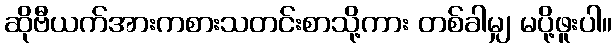
ဆိုဗီယက်အားကစားသတင်းစာသို့ကား တစ်ခါမျှ မပို့ဖူးပါ။